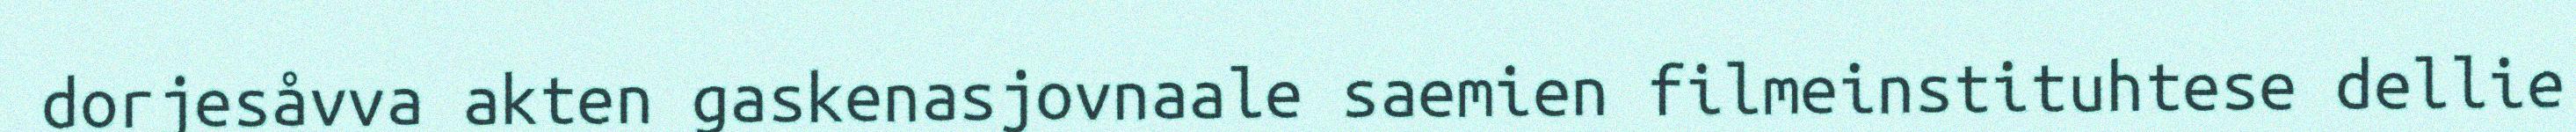
dorjesåvva akten gaskenasjovnaale saemien filmeinstituhtese dellie